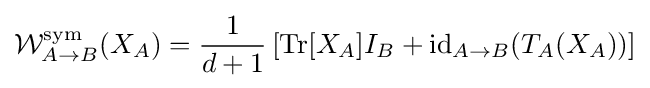
{\mathcal {W}}_{A\rightarrow B}^{\text{sym}}(X_{A})={\frac {1}{d+1}}\left[\operatorname {Tr} [X_{A}]I_{B}+\operatorname {id} _{A\rightarrow B}(T_{A}(X_{A}))\right]